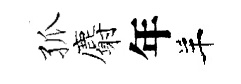
孤麝年羊